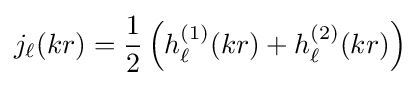
j_{\ell }(kr)={\frac {1}{2}}\left(h_{\ell }^{(1)}(kr)+h_{\ell }^{(2)}(kr)\right)